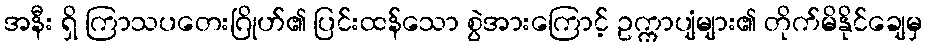
အနီး ရှိ ကြာသပတေးဂြိုဟ်၏ ပြင်းထန်သော စွဲအားကြောင့် ဥက္ကာပျံများ၏ တိုက်မိနိုင်ချေမှ